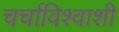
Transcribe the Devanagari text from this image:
चर्चाविश्वाशी